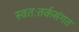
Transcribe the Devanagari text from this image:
स्वतःतर्कसंगत